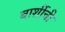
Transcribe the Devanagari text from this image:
बार्शीची